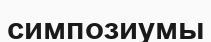
симпозиумы